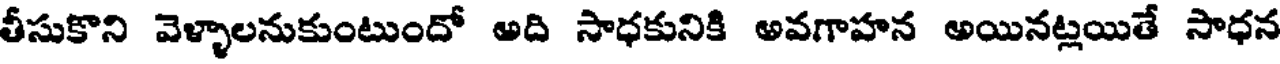
తీసుకొని వెళ్ళాలనుకుంటుందో అది సాధకునికి అవగాహన అయినట్లయితే సాధన